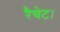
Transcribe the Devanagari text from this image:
रैचेट।